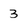
Character: 3